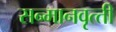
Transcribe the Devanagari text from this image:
सन्‍मानवृत्‍ती